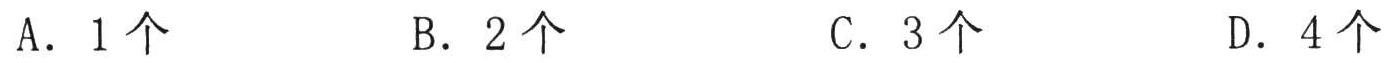
A．1个
B．2个
C．3个
D．4个